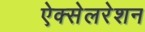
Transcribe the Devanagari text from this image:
ऐक्सेलरेशन